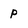
Character: p